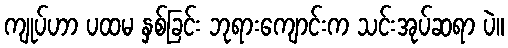
ကျုပ်ဟာ ပထမ နှစ်ခြင်း ဘုရားကျောင်းက သင်းအုပ်ဆရာ ပဲ။